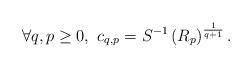
LaTeX: \begin{align*}\forall q,p\geq 0,~c_{q,p}=S^{-1}\left( R_p\right)^{\frac 1{q+1}} .\end{align*}